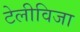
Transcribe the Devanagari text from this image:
टेलीविजा